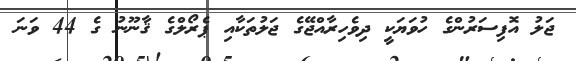
ޖަލު އޮފިސަރުންގެ ހުވަޔަކީ ދިވެހިރާއްޖޭގެ ޖަލުތަކާއި ޕެރޯލްގެ ޤާނޫނު ގެ 44 ވަނަ